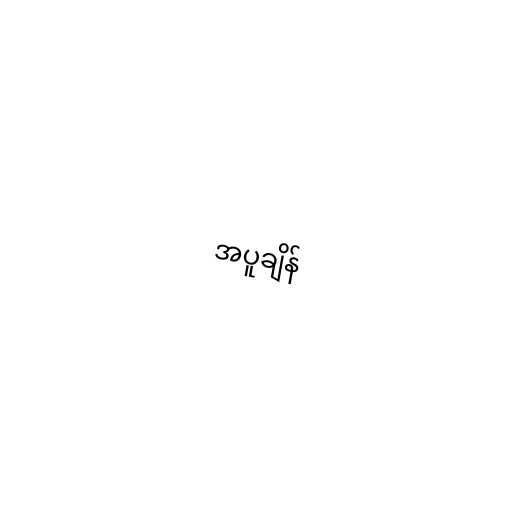
အပူချိန်